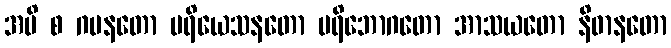
အပိ စ ဂမနတော ပရိယေသနတော ပရိဘောဂတော အာသယတော နိဓာနတော